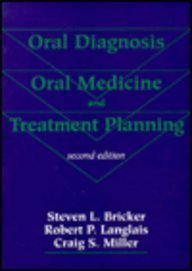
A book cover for Oral Diagnosis, Oral Medicine, and Treatment Planning; Robert P. Langlais; Medical Books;